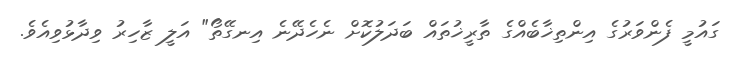
ގައުމީ ފެންވަރުގެ އިންތިޚާބެއްގެ ތާރީޚުތައް ބަދަލުކޮށް ނެހެދޭނެ އިނގޭތޯ" އަލީ ޒާހިރު ވިދާޅުވިއެވެ.